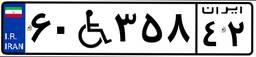
۶۰W۳۵۸۴۲